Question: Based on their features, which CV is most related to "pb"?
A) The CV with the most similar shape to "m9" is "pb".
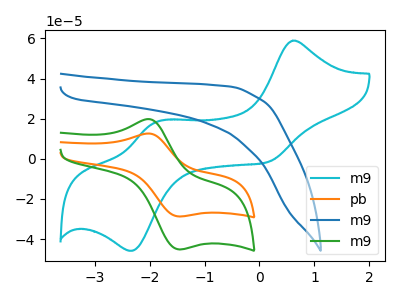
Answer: <think>The cyan curve "m9" has anodic peaks at (0.60V, 58.90uA) (-1.90V, 18.10uA) and cathodic peaks at (0.15V, -1.65uA) (-2.30V, -45.85uA). The orange curve "pb" has an anodic peak at (-2.00V, 12.60uA) and a cathodic peak at (-1.45V, -28.75uA). The blue curve "m9" has no peaks. The green curve "m9" has an anodic peak at (-2.00V, 19.80uA) and a cathodic peak at (-1.45V, -45.15uA).
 "m9" and "pb" have a different number of peaks. "m9" and "m9" have a different number of peaks. "m9" and "m9" have a different number of peaks. "pb" and "m9" have a different number of peaks. All the peaks in "pb" have a peak in "m9" at the same potential. Every peak in "pb" is lower than every peak in "m9". "m9" and "m9" have a different number of peaks.</think>
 <answer>A) The CV with the most similar shape to "m9" is "pb".</answer>
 <eval>A</eval>